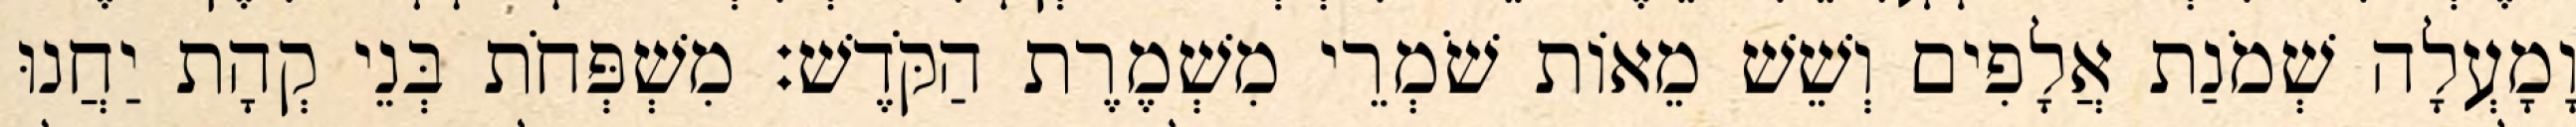
וָמָעְלָה שְׁמֹנַת אֲלָפִים וְשֵׁשׁ מֵאוֹת שֹׁמְרֵי מִשְׁמֶרֶת הַקֹּדֶשׁ׃ מִשְׁפְּחֹת בְּנֵי קְהָת יַחֲנוּ